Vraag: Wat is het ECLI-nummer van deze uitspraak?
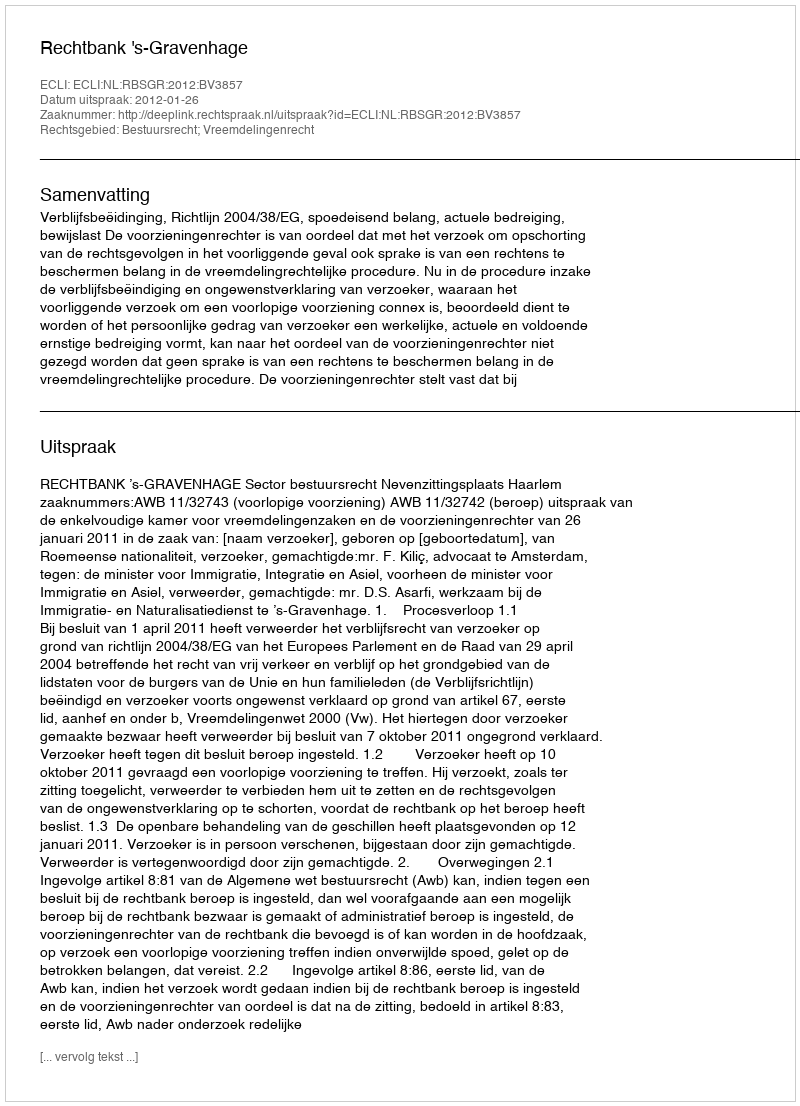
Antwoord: ECLI:NL:RBSGR:2012:BV3857